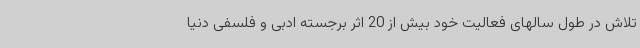
تلاش در طول سالهای فعالیت خود بیش از 20 اثر برجسته ادبی و فلسفی دنیا